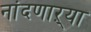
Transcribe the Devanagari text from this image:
नांदणाऱ्या